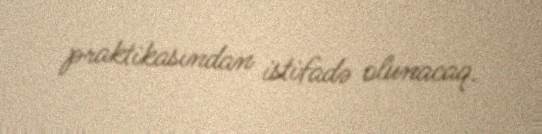
praktikasından istifadə olunacaq.